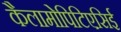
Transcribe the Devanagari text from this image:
कैलामोपिटिएसिई